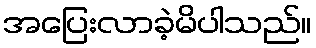
အပြေးလာခဲ့မိပါသည်။